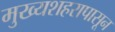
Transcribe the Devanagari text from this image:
मुख्यशहरापासून